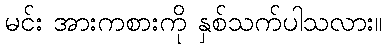
မင်း အားကစားကို နှစ်သက်ပါသလား။